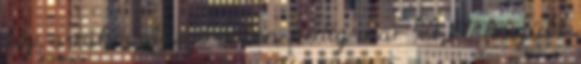
tíz, a rákövetkező évben pedig már 92 db készült